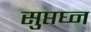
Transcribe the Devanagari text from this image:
सुप्तघ्न